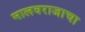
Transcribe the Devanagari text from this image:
मालवराजाचा